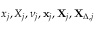
x _ { j } , X _ { j } , \nu _ { j } , \mathbf { x } _ { j } , \mathbf { X } _ { j } , \mathbf { X } _ { \Delta , j }